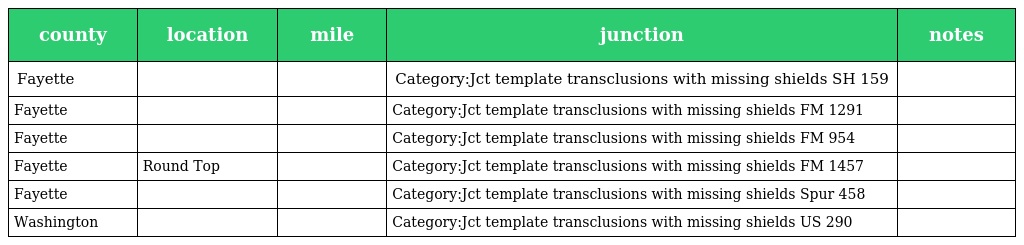
| county | location | mile | junction | notes |
 | --- | --- | --- | --- | --- |
 | Fayette |  |  | Category:Jct template transclusions with missing shields SH 159 |  |
 | Fayette |  |  | Category:Jct template transclusions with missing shields FM 1291 |  |
 | Fayette |  |  | Category:Jct template transclusions with missing shields FM 954 |  |
 | Fayette | Round Top |  | Category:Jct template transclusions with missing shields FM 1457 |  |
 | Fayette |  |  | Category:Jct template transclusions with missing shields Spur 458 |  |
 | Washington |  |  | Category:Jct template transclusions with missing shields US 290 |  |